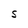
Character: S